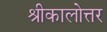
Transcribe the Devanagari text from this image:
श्रीकालोत्तर